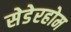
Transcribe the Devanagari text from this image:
सेडेरहोम